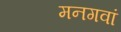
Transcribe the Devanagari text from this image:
मनगवां